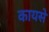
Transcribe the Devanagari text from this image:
कायसे